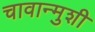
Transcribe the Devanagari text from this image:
चावान्मुशी